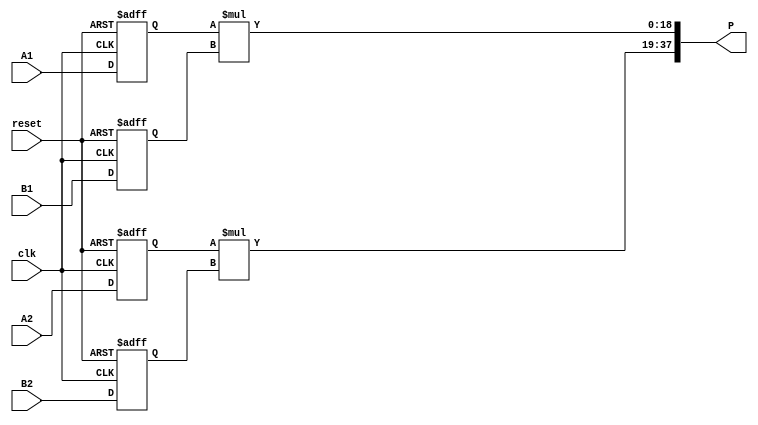
 
module dsp_mult_input_registered_output_not_registered_inf_dsp19x2(clk, reset, A1, A2, B1, B2, P);
	input  clk, reset;
	input  [9:0] A1;
	input  [9:0] A2;
	input  [8:0] B1;
	input  [8:0] B2;
	output [37:0] P;
	reg    [9:0] A1_reg;
	reg    [9:0] A2_reg;
	reg    [8:0] B1_reg;
	reg    [8:0] B2_reg;
	reg    [31:0] mult1;
	reg    [31:0] mult2;

	always@(posedge clk, negedge reset)
	 begin
	  if(reset == 0) begin
	  	A1_reg <= 0; 
		A2_reg <= 0;
		B1_reg <= 0;
		B2_reg <= 0;
	  end
	   else begin
	   	A1_reg <= A1; 
		A2_reg <= A2;
		B1_reg <= B1;
		B2_reg <= B2;
	   end
	  
	 end
	always @ (*)  begin
		mult1  = A1_reg * B1_reg;
        mult2  = A2_reg * B2_reg;
	end

    assign P = {mult2[18:0],mult1[18:0]};

endmodule